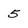
Character: 5